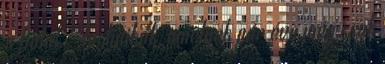
a fiatal, . Technikák, amelyek pár éve még csak